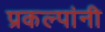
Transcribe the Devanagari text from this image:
प्रकल्पांनी